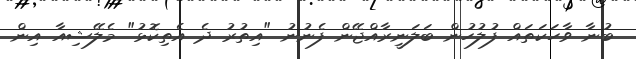
ބުނާ ވާހަކަތައް ފުުލުހުން ބަލަނީރާއްޖޭން ފެނުނު "އިތުރު ދެ އެތިކޮޅު" މެލޭޝިއާ އިން